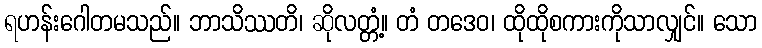
ရဟန်းဂေါတမသည်။ ဘာသိဿတိ၊ ဆိုလတ္တံ့။ တံ တဒေဝ၊ ထိုထိုစကားကိုသာလျှင်။ သော